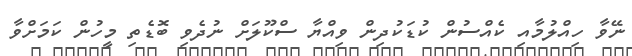
ނޭވާ ހިއްލުމާއި ކެއްސުން ކުޑަކުދިން ވިއްޔާ ސްކޫލަށް ނުދެވި ބޮޑެތި މީހުން ކަމަށްވާ